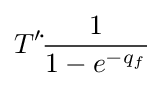
T'{\dot {}}{\frac {1}{1-e^{-q_{f}}}}